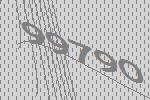
99790